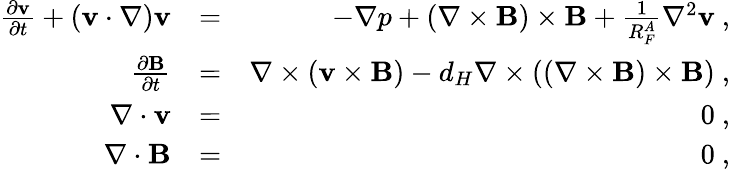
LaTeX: \begin{array}{rlr}{\frac{\partial{\mathbf v}}{\partial t}+({\mathbf v}\cdot\nabla){\mathbf v}}&{=}&{-\nabla p+(\nabla\times{\mathbf B})\times{\mathbf B}+\frac{1}{R_{F}^{A}}\nabla^{2}{\mathbf v}~,}\\ {\frac{\partial{\mathbf B}}{\partial t}}&{=}&{\nabla\times(\textbf{v}\times{\mathbf B})-d_{H}\nabla\times((\nabla\times{\mathbf B})\times{\mathbf B})~,}\\ {\nabla\cdot{\mathbf v}}&{=}&{0~,}\\ {\nabla\cdot{\mathbf B}}&{=}&{0~,}\end{array}